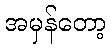
အမှန်တော့